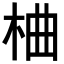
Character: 𪲇